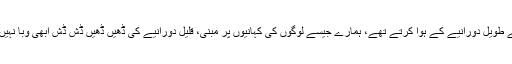
ہاں ڈرامے طویل دورانیے کے ہوا کرتے تھے، ہمارے جیسے لوگوں کی کہانیوں پر مبنی، قلیل دورانیے کی ڈھیں ڈھیں ڈُش ڈُش ابھی وبا نہیں بنی تھی۔